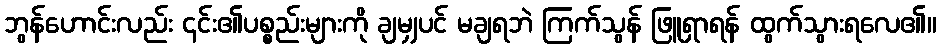
ဘွန်ဟောင်းလည်း ၎င်း၏ပစ္စည်းများကို ချမျှပင် မချရဘဲ ကြက်သွန် ဖြူရှာရန် ထွက်သွားရလေ၏။